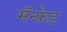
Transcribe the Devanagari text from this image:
मॅन्फ्रेड